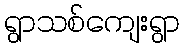
ရွာသစ်ကျေးရွာ